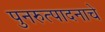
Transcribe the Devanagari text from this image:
पुनरुत्पादनाचे